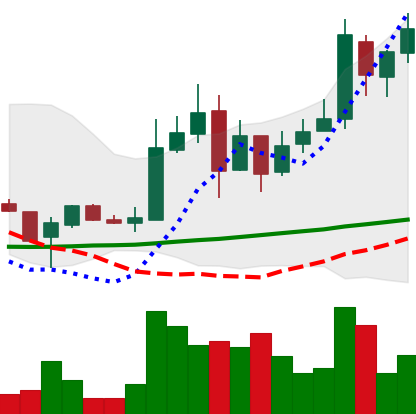
Ticker: LTC-USD
Chart end date: 2017-11-19
Forward return: 8.91%
Label: up_7plus